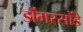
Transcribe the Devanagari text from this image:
डोंगरसोंडे